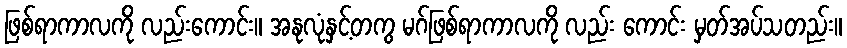
ဖြစ်ရာကာလကို လည်းကောင်း။ အနုလုံနှင့်တကွ မဂ်ဖြစ်ရာကာလကို လည်း ကောင်း မှတ်အပ်သတည်း။